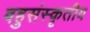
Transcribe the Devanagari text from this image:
बहुसंस्कृतीय